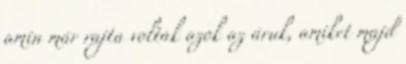
amin már rajta voltak azok az áruk, amiket majd